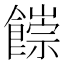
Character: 𩞉